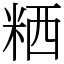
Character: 粞